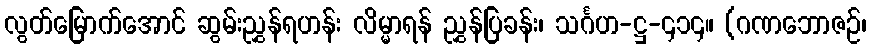
လွတ်မြောက်အောင် ဆွမ်းညွှန်ရဟန်း လိမ္မာရန် ညွှန်ပြခန်း၊ သင်္ဂဟ-ဋ္ဌ-၄၁၄။ (ဂဏဘောဇဉ်၊